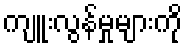
ကျူးလွန်မှုများကို